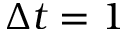
\Delta t = 1